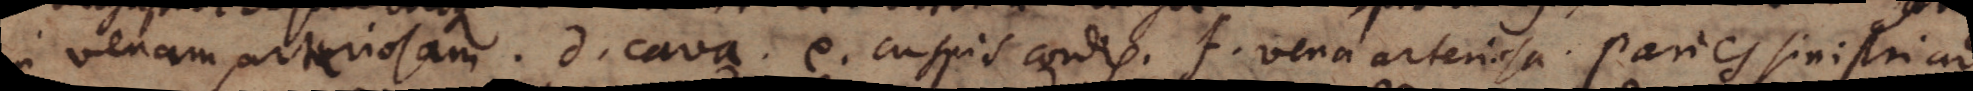
in venam arteriosam. d cava. e cuspis cordis. f vena arteriosa. Paries sinistri ad